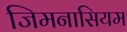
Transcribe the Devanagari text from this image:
जिमनासियम